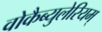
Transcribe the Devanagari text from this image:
वोकैब्युलेरियम्